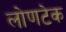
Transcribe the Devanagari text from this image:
लोणटेक